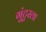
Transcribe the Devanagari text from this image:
गुंटुरला